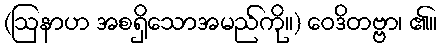
(ဩနာဟ အစရှိသောအမည်ကို။) ဝေဒိတဗ္ဗာ၊ ၏။